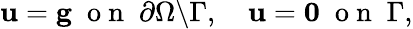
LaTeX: {\mathbf u}={\mathbf g}\; \mathrm{~o~n~}\; \partial\Omega\backslash\Gamma,\quad{\mathbf u}={\mathbf 0}\; \mathrm{~o~n~}\; \Gamma,